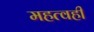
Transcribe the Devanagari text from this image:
महत्वही